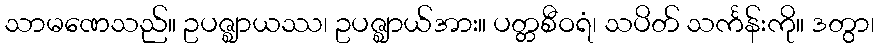
သာမဏေသည်။ ဥပဇ္ဈာယဿ၊ ဥပဇ္ဈာယ်အား။ ပတ္တစီဝရံ၊ သပိတ် သင်္ကန်းကို။ ဒတွာ၊